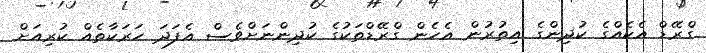
ގްރޭޑް އެކެއްގެ ކުދިންގެ އިތުރުން އެހެން ގްރޭޑްތަކުގެ ކުދިންނަށްވެސް އެފަދަ ހަރަކާތެއް ކުރިއަށް